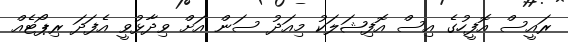
ރައީސް އޮފީހުގެ އިސް އޮފިޝަލަކު މިއަދު ސަން އަށް ވިދާޅުވީ އެފަދަ ރިޕޯޓެއް